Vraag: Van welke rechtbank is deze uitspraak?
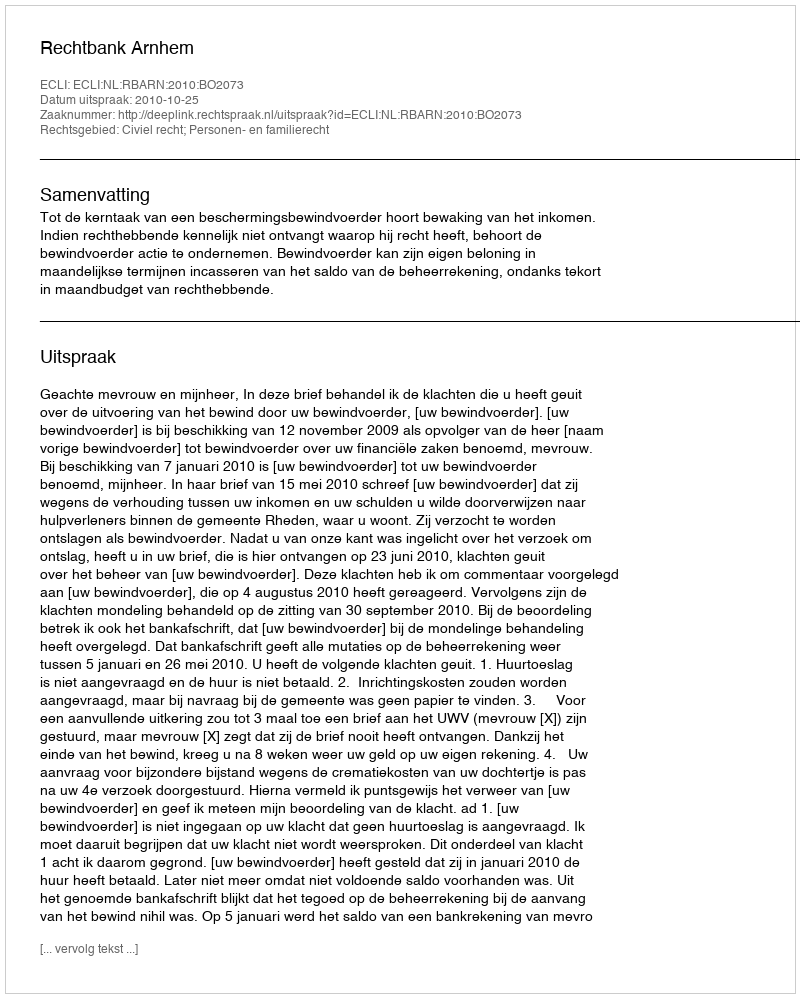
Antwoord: Rechtbank Arnhem